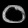
Digit: ၀